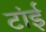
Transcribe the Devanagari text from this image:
टांई